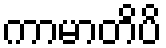
ကာမာတိပိ